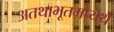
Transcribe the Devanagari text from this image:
अतथाभूतमप्यर्थ